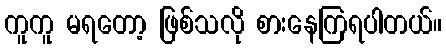
ကူကူ မရတော့ ဖြစ်သလို စားနေကြရပါတယ်။